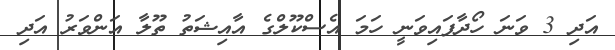
އަދި 3 ވަނަ ހޯދާފައިވަނީ ހަމަ އެސްކޫލްގެ އާއިޝަތު ތޫލާ އަންވަރު އަދި